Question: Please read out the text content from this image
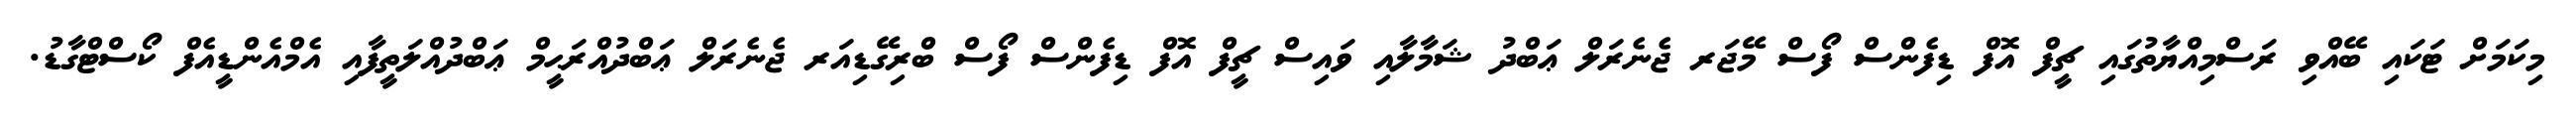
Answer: މިކަމަށް ޓަކައި ބޭއްވި ރަސްމިއްޔާތުގައި ޗީފް އޮފް ޑިފެންސް ފޯސް މޭޖަރ ޖެނެރަލް ޢަބްދު ޝަމާލާއި ވައިސް ޗީފް އޮފް ޑިފެންސް ފޯސް ބްރިގޭޑިއަރ ޖެނެރަލް ޢަބްދުއްރަޙީމް ޢަބްދުއްލަތީފާއި އެމްއެންޑީއެފް ކޯސްޓްގާޑު.